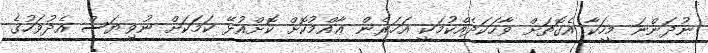
ނުދަންނަ މީހަކާ އެގޮތަށް ވާހަކަދެއްކުމަކީ އަހަރެން ޢާއްމުކޮށް ކޮށްއުޅޭ ކަމަކަށް ނުވިޔަސް އެދުވަހުގެ